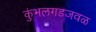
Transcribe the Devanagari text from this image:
कुंभलगडजवळ